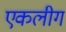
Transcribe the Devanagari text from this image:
एकलीग